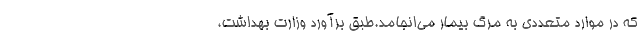
كه در موارد متعددی به مرگ بیمار می‌انجامد.طبق برآورد وزارت بهداشت،